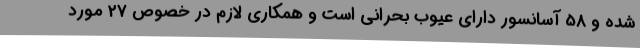
شده و 58 آسانسور دارای عیوب بحرانی است و همکاری لازم در خصوص 27 مورد